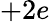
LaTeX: +2e